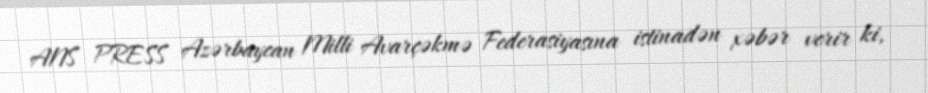
ANS PRESS Azərbaycan Milli Avarçəkmə Federasiyasına istinadən xəbər verir ki,